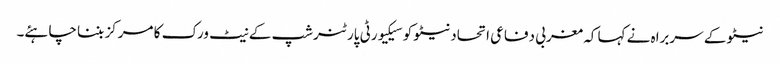
نیٹو کے سربراہ نے کہا کہ مغربی دفاعی اتحاد نیٹو کو سیکیورٹی پارٹنرشپ کے نیٹ ورک کا مرکز بننا چاہئے۔